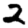
Digit: 2